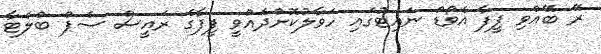
ރޭ ބޭއްވި ފީފާ އެވޯޑް ނައިޓުގައި ހަވާލުކޮށްދެއްވީ ފީފާގެ ރައީސް ސެޕް ބްލެޓާ